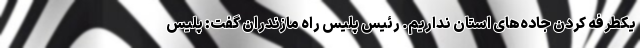
یکطرفه کردن جاده‌های استان نداریم. رئیس پلیس راه مازندران گفت: پلیس